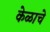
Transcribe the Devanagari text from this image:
केळाचे